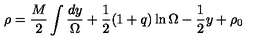
\rho = \frac { M } { 2 } \int \frac { d y } { \Omega } + \frac { 1 } { 2 } ( 1 + q ) \ln \Omega - \frac { 1 } { 2 } y + \rho _ { 0 }